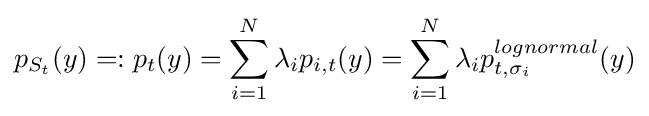
p_{S_{t}}(y)=:p_{t}(y)=\sum _{i=1}^{N}\lambda _{i}p_{i,t}(y)=\sum _{i=1}^{N}\lambda _{i}p_{t,\sigma _{i}}^{lognormal}(y)